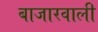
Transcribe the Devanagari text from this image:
बाजारवाली